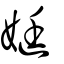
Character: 娗